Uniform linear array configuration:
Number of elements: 24
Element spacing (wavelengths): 0.25
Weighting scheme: binomial
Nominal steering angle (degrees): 0
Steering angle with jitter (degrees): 1.638
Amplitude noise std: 0.05
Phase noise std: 0.05

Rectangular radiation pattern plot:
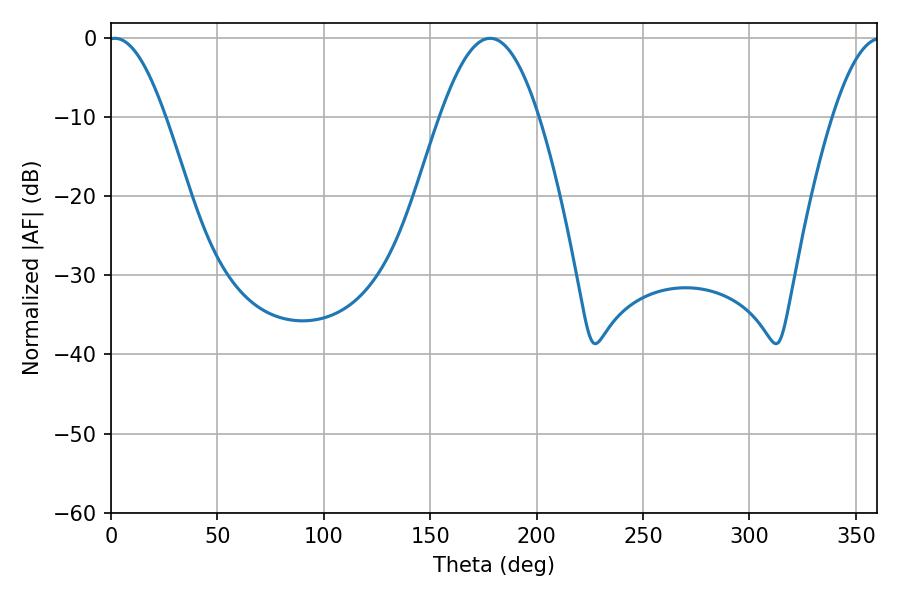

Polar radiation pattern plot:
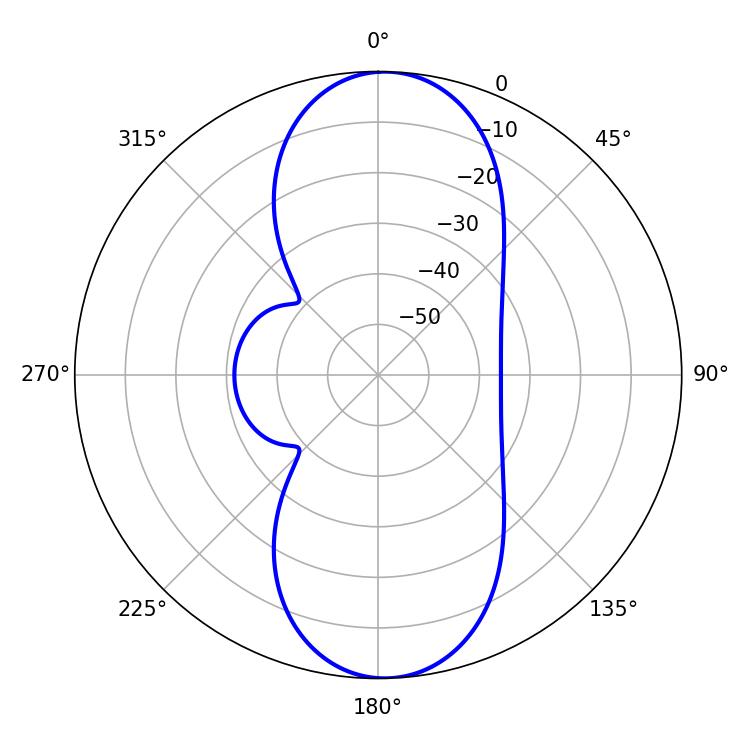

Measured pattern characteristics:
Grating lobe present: FALSE
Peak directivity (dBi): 17.435
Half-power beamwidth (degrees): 14.58
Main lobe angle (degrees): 1.8